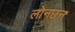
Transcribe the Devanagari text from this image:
लोनछन